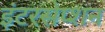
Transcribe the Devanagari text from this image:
इंटरसेप्शन